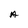
Character: A